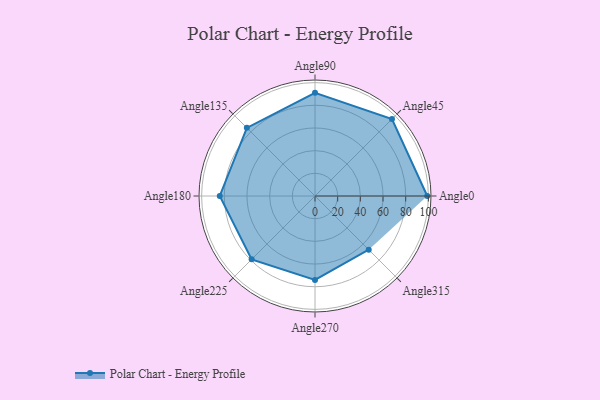
{"axis": {"x": "Angle", "y": "Radius"}, "legend": [""], "data": [{"x": "Angle0", "y": 99.0, "type": ""}, {"x": "Angle45", "y": 96.0, "type": ""}, {"x": "Angle90", "y": 91.0, "type": ""}, {"x": "Angle135", "y": 85.0, "type": ""}, {"x": "Angle180", "y": 84.0, "type": ""}, {"x": "Angle225", "y": 79.0, "type": ""}, {"x": "Angle270", "y": 74.0, "type": ""}, {"x": "Angle315", "y": 67.0, "type": ""}]}